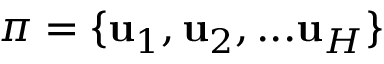
\pi = \{ \mathbf { u } _ { 1 } , \mathbf { u } _ { 2 } , . . . \mathbf { u } _ { H } \}